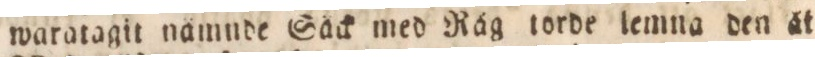
waratagit nåmnde Såck med Råg torde lemna den åt